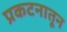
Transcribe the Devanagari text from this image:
प्रकटनातून